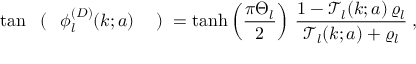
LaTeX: \tan \mathrm { \boldmath \Large ~ \left( ~ \right. ~ } \! \! \! \phi _ { l } ^ { ( D ) } ( k ; a ) \mathrm { \boldmath \Large ~ \left. ~ \right) ~ } \! \! = \operatorname { t a n h } \left( \frac { \pi \Theta _ { l } } { 2 } \right) \, \frac { 1 - { \mathcal T } _ { l } ( k ; a ) \, \varrho _ { l } } { { \mathcal T } _ { l } ( k ; a ) + \varrho _ { l } } \; ,